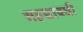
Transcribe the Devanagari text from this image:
सहस्रावधी